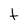
Character: t